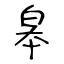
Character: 皋